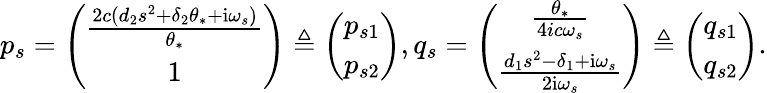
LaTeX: p_{s}=\left(\begin{array}{c}{\frac{2c(d_{2}s^{2}+\delta_{2}\theta_{*}+\mathrm{i}\omega_{s})}{\theta_{*}}}\\ {1}\end{array}\right)\triangleq\left(\begin{array}{c}{p_{s1}}\\ {p_{s2}}\end{array}\right),q_{s}=\left(\begin{array}{c}{\frac{\theta_{*}}{4ic\omega_{s}}}\\ {\frac{d_{1}s^{2}-\delta_{1}+\mathrm{i}\omega_{s}}{2\mathrm{i}\omega_{s}}}\end{array}\right)\triangleq\left(\begin{array}{c}{q_{s1}}\\ {q_{s2}}\end{array}\right).